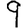
Digit: 9